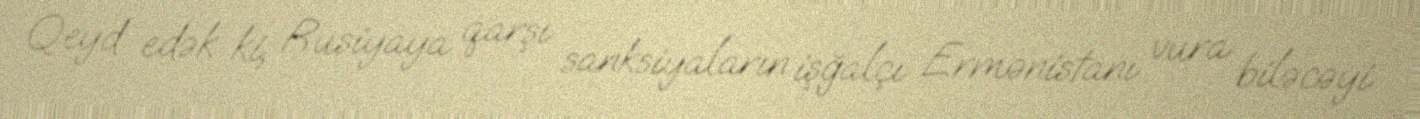
Qeyd edək ki, Rusiyaya qarşı sanksiyaların işğalçı Ermənistanı vura biləcəyi